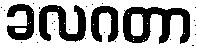
ခလဂတာ